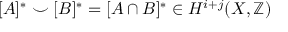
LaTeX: [ A ] ^ { * } \smile [ B ] ^ { * } = [ A \cap B ] ^ { * } \in H ^ { i + j } ( X , \mathbb { Z } )